Distribution and causation of leprosy in British India
Year: 1875
Disease focus: Leprosy
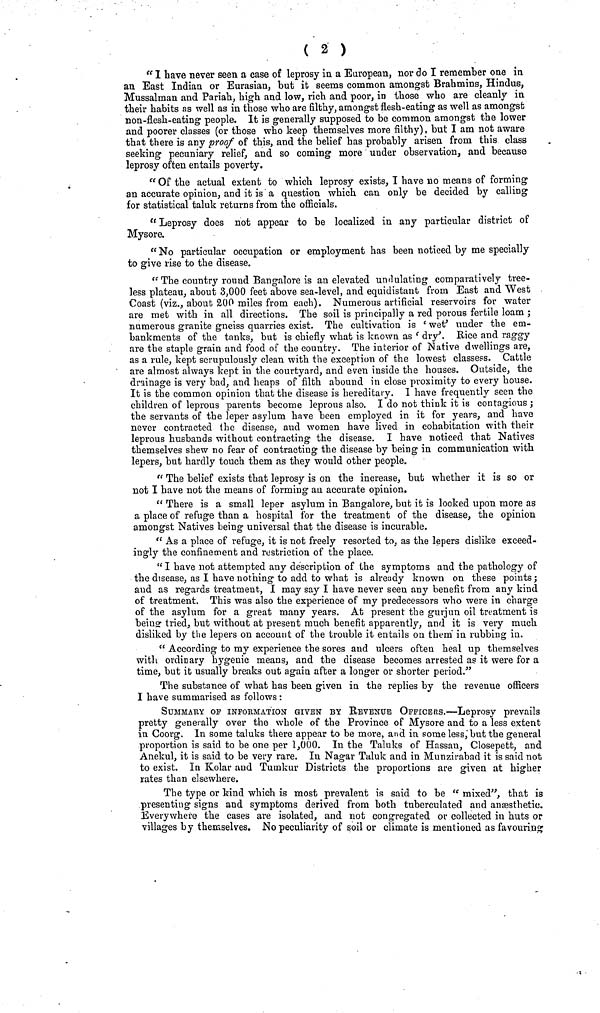
( 2 )
"I have never seen a case of leprosy in a European, nor do I remember one in
an East Indian or Eurasian, but it seems common amongst Brahmins, Hindus,
Mussalman and Pariah, high and low, rich and poor, in those who are cleanly in
their habits as well as in those who are filthy, amongst flesh-eating as well as amongst
non-flesh-eating people. It is generally supposed to be common amongst the lower
and poorer classes (or those who keep themselves more filthy), but I am not aware
that there is any proof of this, and the belief has probably arisen from this class
seeking pecuniary relief, and so coming more under observation, and because
leprosy often entails poverty.
"Of the actual extent to which leprosy exists, I have no means of forming
an accurate opinion, and it is a question which can only be decided by calling
for statistical taluk returns from the officials.
"Leprosy does not appear to be localized in any particular district of
Mysore.
"No particular occupation or employment has been noticed by me specially
to give rise to the disease.
"The country round Bangalore is an elevated undulating comparatively tree-
less plateau, about 3,000 feet above sea-level, and equidistant from East and West
Coast (viz., about 200 miles from each). Numerous artificial reservoirs for water
are met with in all directions. The soil is principally a red porous fertile loam ;
numerous granite gneiss quarries exist. The cultivation is ' wet' under the em-
bankments of the tanks, but is chiefly what is known as e dry'. Rice and raggy
are the staple grain and food of the country. The interior of Native dwellings are,
as a rule, kept scrupulously clean with the exception of the lowest classess. Cattle
are almost always kept in the courtyard, and even inside the houses. Outside, the
drainage is very bad, and heaps of filth abound in close proximity to every house.
It is the common opinion that the disease is hereditary. I have frequently seen the
children of leprous parents become leprous also. I do not think it is contagious ;
the servants of the leper asylum have been employed in it for years, and have
never contracted the disease, aud women have lived in cohabitation with their
leprous husbands without contracting the disease. I have noticed that Natives
themselves shew no fear of contracting the disease by being in communication with
lepers, but hardly touch them as they would other people.
"The belief exists that leprosy is on the increase, but whether it is so or
not I have not the means of forming an accurate opinion.
"There is a small leper asylum in Bangalore, but it is looked upon more as
a place of refuge than a hospital for the treatment of the disease, the opinion
amongst Natives being universal that the disease is incurable.
"As a place of refuge, it is not freely resorted to, as the lepers dislike exceed-
ingly the confinement and restriction of the place.
"I have not attempted any description of the symptoms and the pathology of
the disease, as I have nothing to add to what is already known on these points;
aud as regards treatment, I may say I have never seen any benefit from any kind
of treatment. This was also the experience of my predecessors who were in charge
of the asylum for a great many years. At present the gurjun oil treatment is
being tried, but without at present much benefit apparently, and it is very much
disliked by the lepers on account of the trouble it entails on them in rubbing in.
"According to my experience the sores aud ulcers often heal up themselves
with ordicary hygenic means, and the disease becomes arrested as it were for a
time, but it usually breaks out again after a longer or shorter period."
The substance of what has been given in the replies by the revenue officers
I have summarised as follows :
SUMMARY OP INFORMATION GIVEN BY REVENUE OI-FICEBS.—Leprosy prevails
pretty generally over the whole of the Province of Mysore and to a less extent
in Coorg. In some taluks there appear to be more, and in some less, but the general
proportion is said to be one per 1,000. In the Taluks of Hassan, Closepett, and
Anekul, it is said to be very rare. In Nagar Taluk and in Munzirabad it is said not
to exist. In Kolar and Tumkur Districts the proportions are given at higher
rates than elsewhere.
The type or kind which is most prevalent is said to be " mixed", that is
presenting signs and symptoms derived from both tuberculated and anaesthetic.
Everywhere the cases are isolated, and not congregated or collected in huts or
villages by themselves. No peculiarity of soil or climate is mentioned as favouring